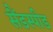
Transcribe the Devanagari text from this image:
सैंडस्‍पीड